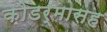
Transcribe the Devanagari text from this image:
कोडर्मासह